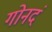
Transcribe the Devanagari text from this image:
गोनदं